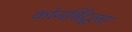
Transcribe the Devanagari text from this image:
कोनबिंदूला